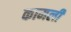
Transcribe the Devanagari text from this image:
कामली